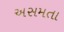
અસમતા